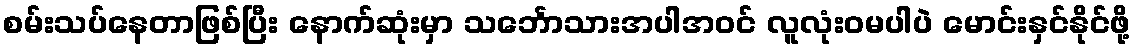
စမ်းသပ်နေတာဖြစ်ပြီး နောက်ဆုံးမှာ သင်္ဘောသားအပါအဝင် လူလုံးဝမပါပဲ မောင်းနှင်နိုင်ဖို့